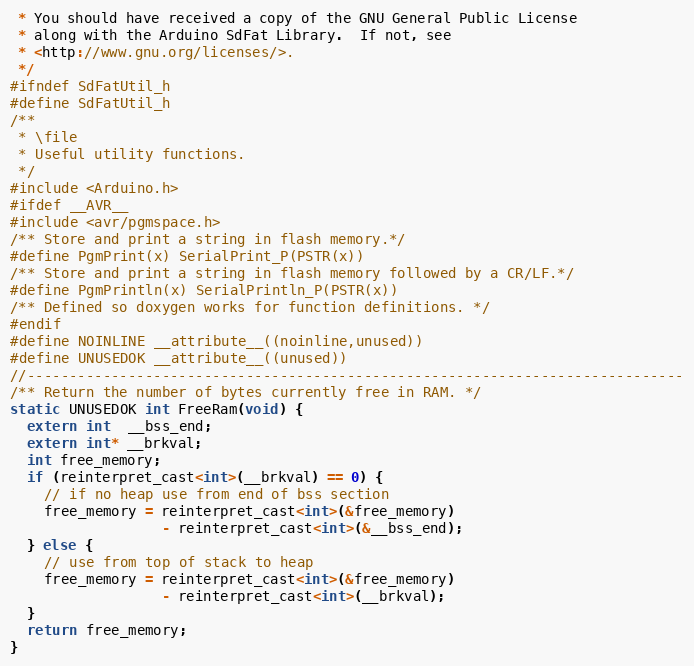
Language: C
 * You should have received a copy of the GNU General Public License
 * along with the Arduino SdFat Library.  If not, see
 * <http://www.gnu.org/licenses/>.
 */
#ifndef SdFatUtil_h
#define SdFatUtil_h
/**
 * \file
 * Useful utility functions.
 */
#include <Arduino.h>
#ifdef __AVR__
#include <avr/pgmspace.h>
/** Store and print a string in flash memory.*/
#define PgmPrint(x) SerialPrint_P(PSTR(x))
/** Store and print a string in flash memory followed by a CR/LF.*/
#define PgmPrintln(x) SerialPrintln_P(PSTR(x))
/** Defined so doxygen works for function definitions. */
#endif
#define NOINLINE __attribute__((noinline,unused))
#define UNUSEDOK __attribute__((unused))
//------------------------------------------------------------------------------
/** Return the number of bytes currently free in RAM. */
static UNUSEDOK int FreeRam(void) {
  extern int  __bss_end;
  extern int* __brkval;
  int free_memory;
  if (reinterpret_cast<int>(__brkval) == 0) {
    // if no heap use from end of bss section
    free_memory = reinterpret_cast<int>(&free_memory)
                  - reinterpret_cast<int>(&__bss_end);
  } else {
    // use from top of stack to heap
    free_memory = reinterpret_cast<int>(&free_memory)
                  - reinterpret_cast<int>(__brkval);
  }
  return free_memory;
}